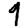
Digit: 9